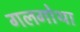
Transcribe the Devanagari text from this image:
गलगोथा